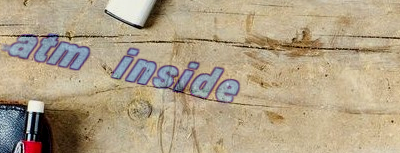
atm inside